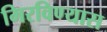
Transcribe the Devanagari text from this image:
मिरविण्यास